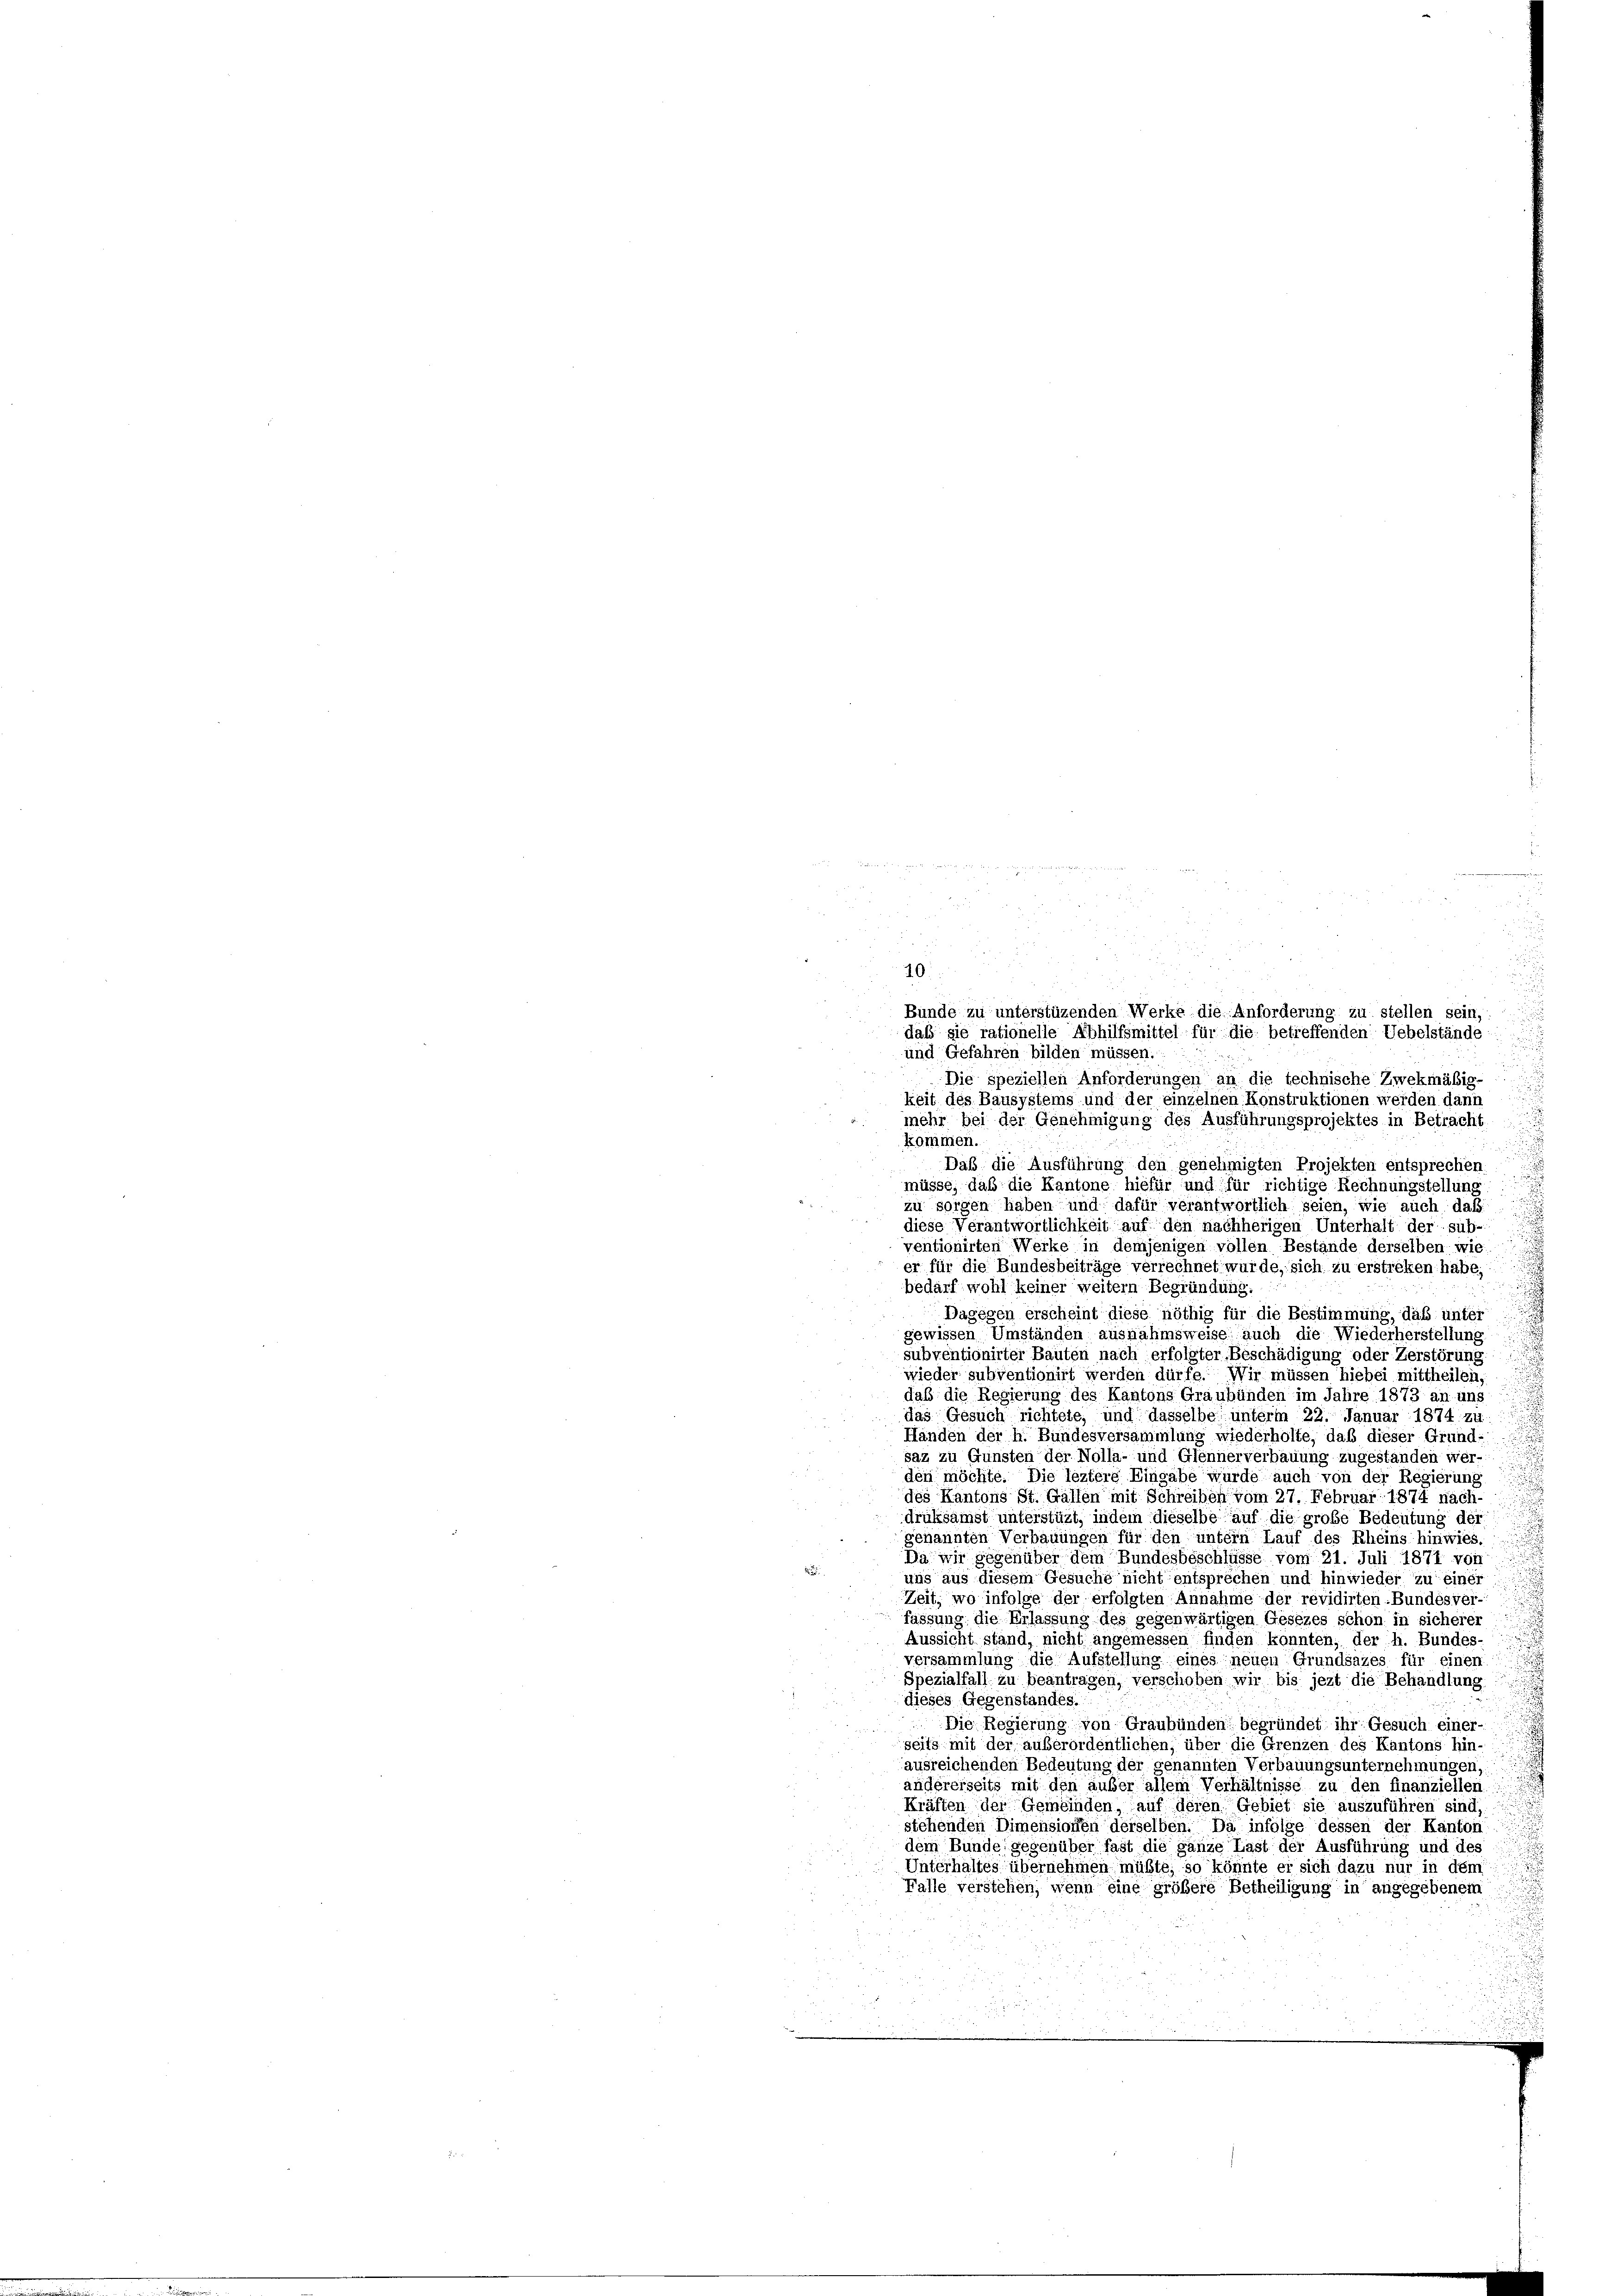
3

d
i
10:
Bunde zu unterstüzenden Werke die Anforderung zu stellen sein,
daß sie rationelle Abhilfsmittel für die betreffenden Uebelstände
und Gefahren bilden müssen.
Die speziellen Anforderungen an die technische Zwekmäßig-
keit des Bausystems und der einzelnen Konstruktionen werden dann
mehr bei der Genehmigung des Ausführungsprojektes in Betracht
kommen.
Daß die Ausführung den genehmigten Projekten entsprechen
müsse, daß die Kantone hiefür und für richtige Rechnungstellung
zu sorgen haben und dafür verantwortlich seien, wie auch daß
diese Verantwortlichkeit auf den nachherigen Unterhalt der sub-
ventionirten Werke in demjenigen vollen Bestände derselben wie
er für die Bundesbeiträge verrechnet wurde, sich zu erstreken habe.
bedarf wohl keiner weitern Begründung.
Dagegen erscheint diese nöthig für die Bestimmung, daß unter
gewissen Umständen ausnahmsweise auch die Wiederherstellung
subventionirter Bauten nach erfolgter Beschädigung oder Zerstörung.
wieder subventionirt werden dürfe. Wir müssen hiebei mittheilen,
daß die Regierung des Kantons Graubünden im Jahre 1873 an uns
das Gesuch richtete, und dasselbe unterm 22. Januar 1874 zu
Händen der h. Bundesversammlung wiederholte, daß dieser Grund-
saz zu Gunsten der Nolla- und Glennerverbauung zugestanden wer-
den möchte. Die leztere Eingabe wurde auch von der Regierung
des Kantons St. Gallen mit Schreiben vom 27. Februar 1874 nach,
drüksamst unterstüzt, indem dieselbe auf die große Bedeutung der
genannten Verbauungen für den untern Lauf des Rheins hinwies.
Da wir gegenüber dem Bundesbeschlüsse vom 21. Juli 1871 vor
uns aus diesem Gesuche nicht entsprechen und hinwieder zu einer
Zeit, wo infolge der erfolgten Annahme der revidirten-Bundesver-
fassung die Erlassung des gegenwärtigen Gesezes schon in sicherer
Aussicht stand, nicht angemessen finden konnten, der h. Bundes-
versammlung die Aufstellung eines neuen Grundsazes für einen
Spezialfall zu beantragen, verschoben wir bis jezt die Behandlung
dieses Gegenstandes.
Die Regierung von Graubünden begründet ihr Gesuch einer-
seits mit der außerordentlichen, über die Grenzen des Kantons hin-
ausreichenden Bedeutung der genannten Verbauungsunternehmungen,
andererseits mit den außer allem Verhältnisse zu den finanziellen.
Kräften der Gemeinden, auf deren Gebiet sie auszuführen sind,
stehenden Dimensionen derselben. Da infolge dessen der Kanton
dem Bunde gegenüber fast die ganze Last der Ausführung und des
Unterhaltes übernehmen müßte, so könnte er sich dazu nur in dem
Falle verstehen, wenn eine größere Betheiligung in angegebenem
.